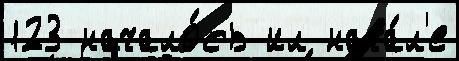
123 начало́сь ил нача́л'е